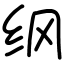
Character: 纲